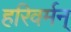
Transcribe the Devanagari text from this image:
हरिवर्मन्‌